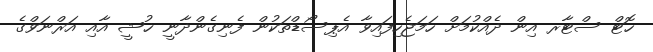
ހޮޓް ސްޓާރ އިން ދެއްކުމަށް ހަމަޖެހިފައިވާ އެޕިސޯޑްތަކުން ފެނިގެންދާނީ ޚުޝީ އާއި އަރްނަވްގެ